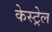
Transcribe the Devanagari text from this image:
केस्ट्रेल